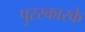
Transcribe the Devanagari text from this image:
पुरस्कारके